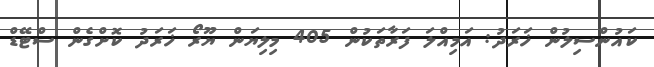
ކައުންސިލުން ޚަރަދު: އަމިއްލަ ފަރާތަކުން 405 މިލިޔަން ޔޫރޯ ޚަރަދު ކޮށްގެން ސްޓޭޑް